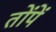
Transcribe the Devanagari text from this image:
तोंपें